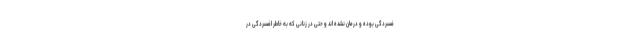
فسردگی بوده و درمان نشده اند و حتی در زنانی که به خاطر افسردگی در